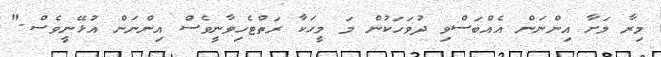
މިރާ މަށާ އިންނަން އެއްބަސްވި ދުވަހަކުން މަ މީހަކާ ރަތްޓެހިވާނީވެސް އިންނަން އުޅޭނީވެސް."